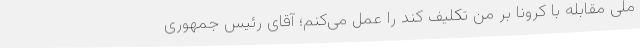
ملی مقابله با کرونا بر من تکلیف کند را عمل می‌کنم؛ آقای رئیس جمهوری